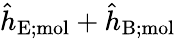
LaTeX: \hat{h}_{\mathrm{E;mol}}+\hat{h}_{\mathrm{B;mol}}